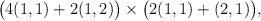
\begin{align*}\big( 4(1,1) + 2(1,2) \big) \times \big( 2 (1,1) + (2,1) \big),\end{align*}